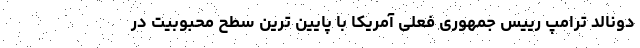
دونالد ترامپ رییس جمهوری فعلی آمریکا با پایین ترین سطح محبوبیت در